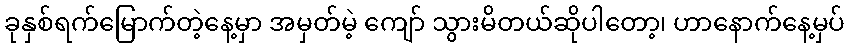
ခုနှစ်ရက်မြောက်တဲ့နေ့မှာ အမှတ်မဲ့ ကျော် သွားမိတယ်ဆိုပါတော့၊ ဟာနောက်နေ့မှပ်